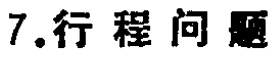
7.行程问题